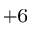
^ { + 6 }